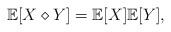
LaTeX: \begin{align*} \mathbb{E}[X \diamond Y ] = \mathbb{E}[X]\mathbb{E}[Y ],\end{align*}